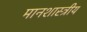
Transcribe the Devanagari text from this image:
मानशास्त्रीय